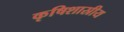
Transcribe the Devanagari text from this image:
कृषिशास्रीय